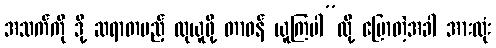
အသက်ကို ဒို့ ဆရာတပည့် လုယူဖို့ တာဝန် ယူကြပါ”လို့ ပြောတဲ့အခါ အားလုံး